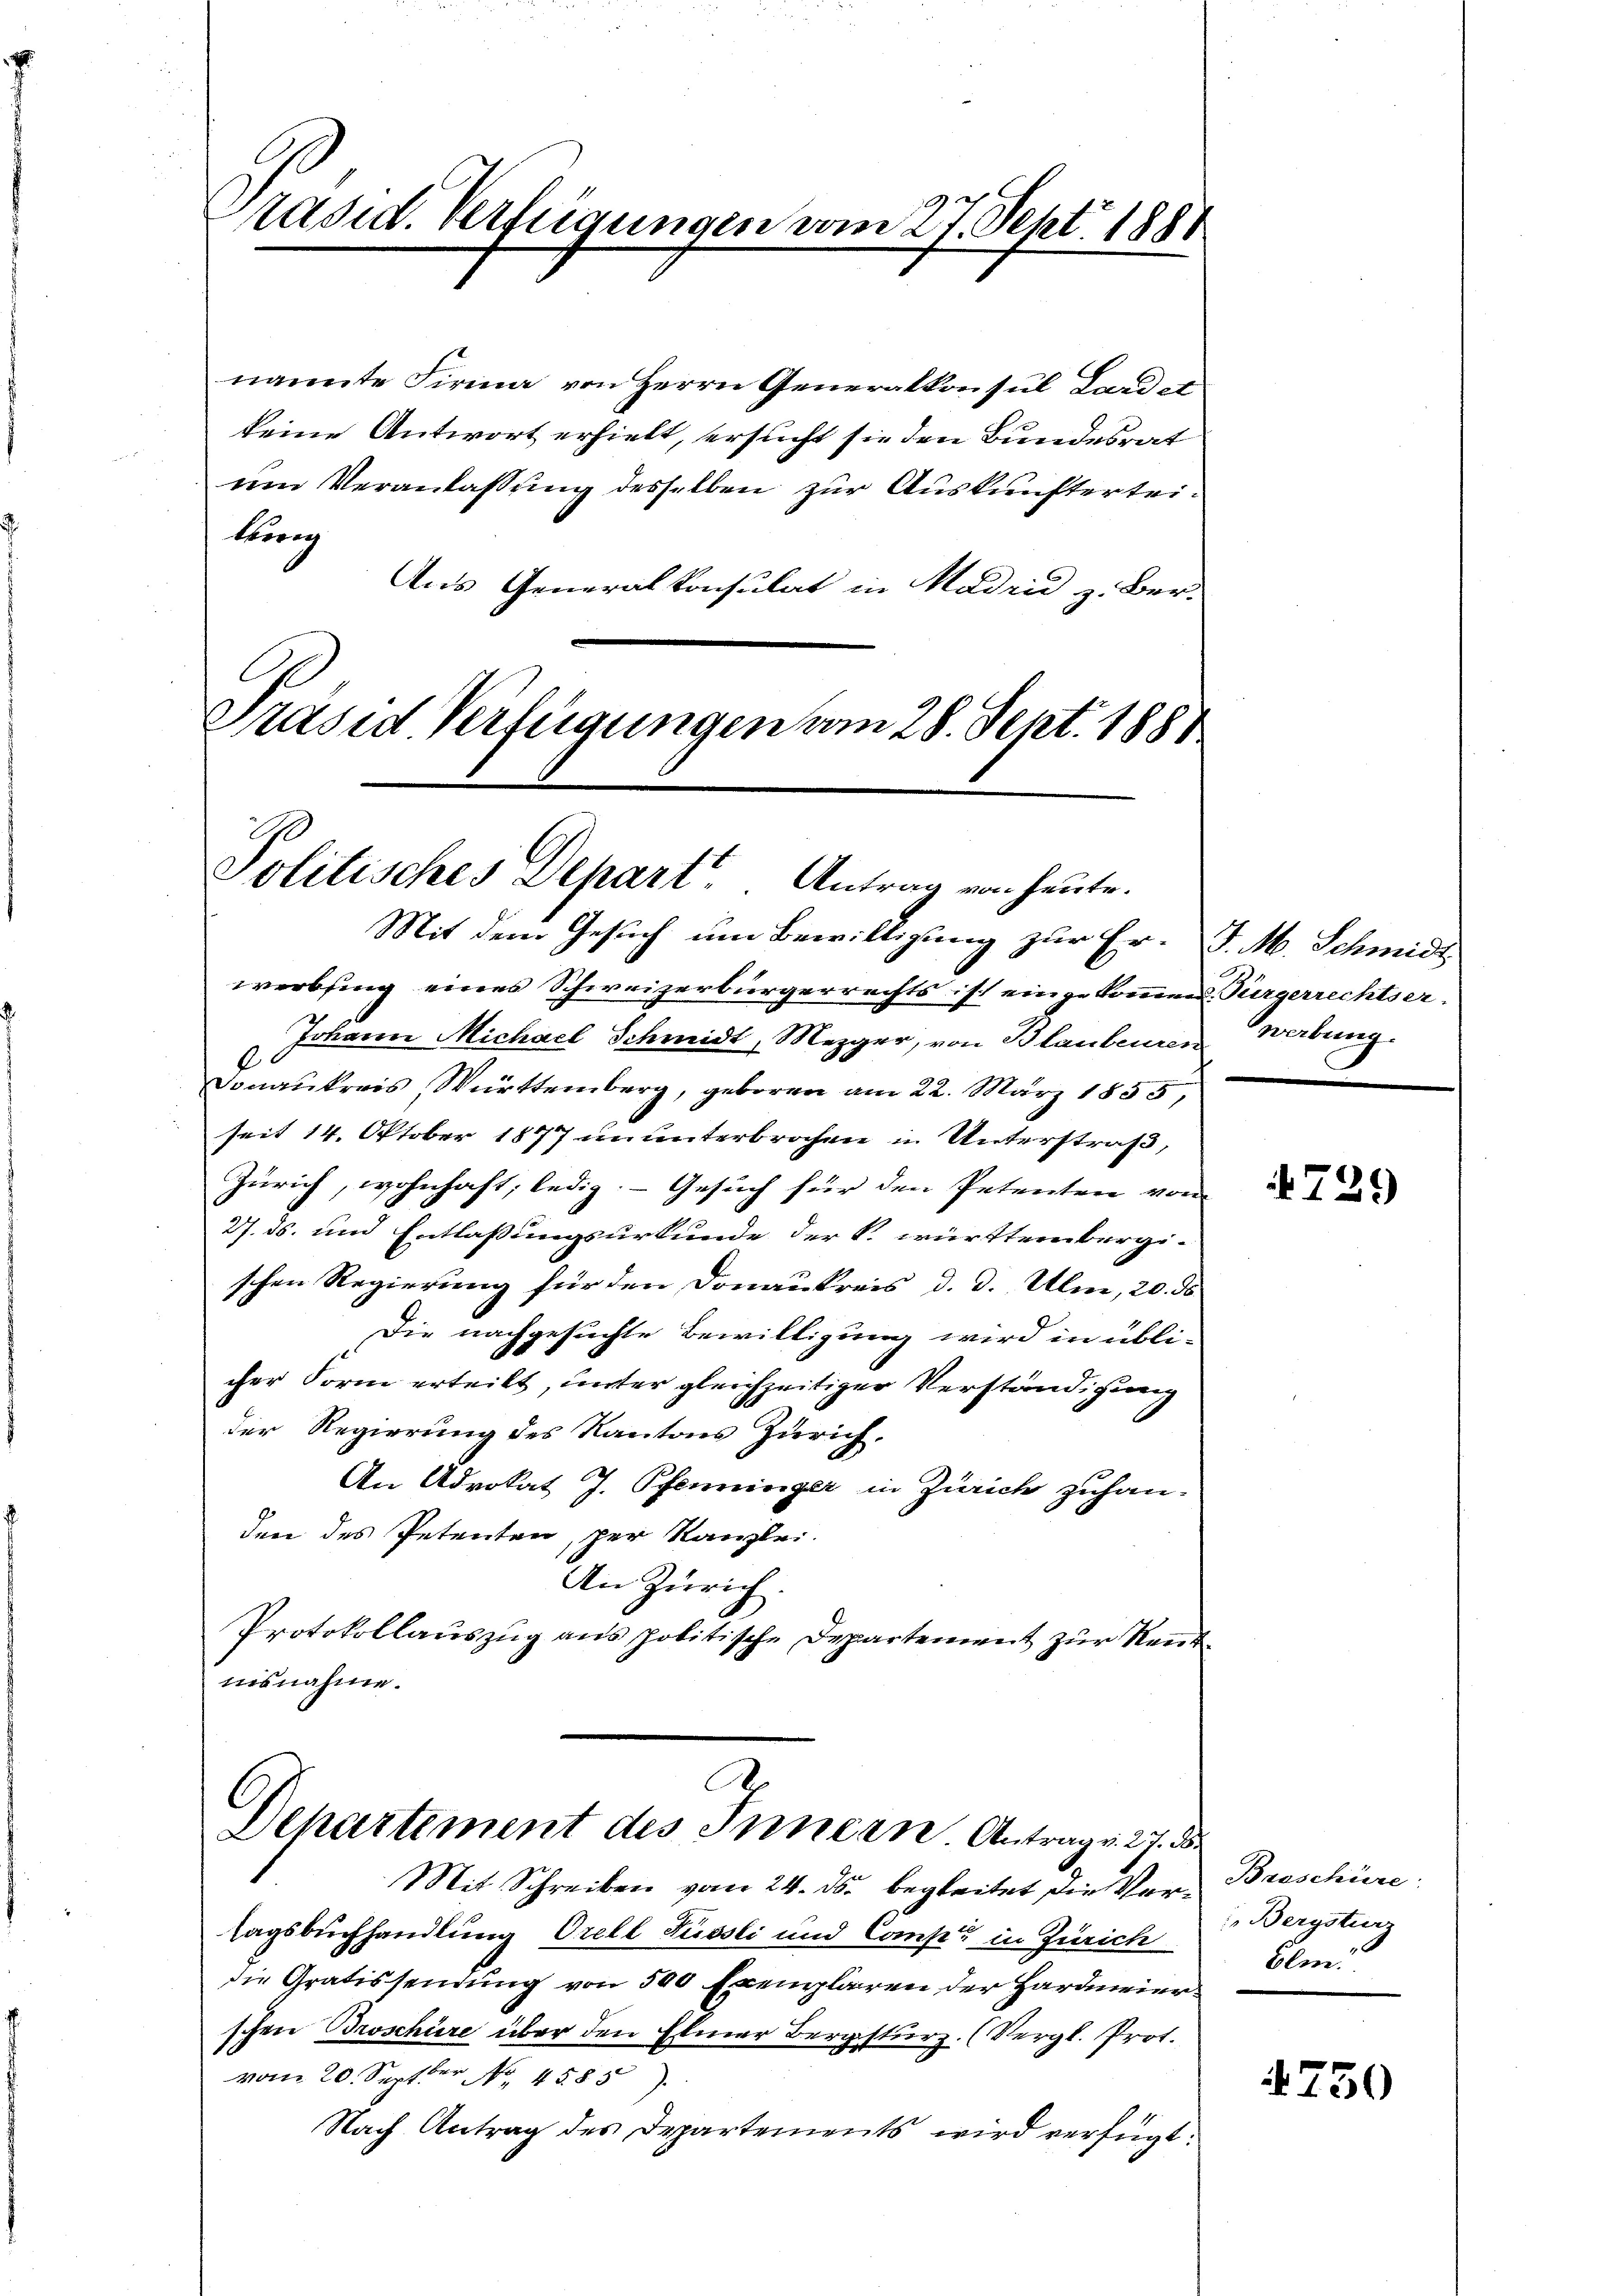
räsid. Verfügungen vom 27. Sept. 1881

nannte Firma von Herrn Generalkonsul Landst
keine Antwort erhielt, ersucht sie den Bundesrat
um Veranlassung desselben zur Auskunfterteibring
Aus Generalkonsulat in Madrid z. Ber-

Präsid Verfügungen vom 28. Sept. 1881
Politisches Depart“ Antrag von heute.

Mit dem Gesuch um Bewilligung zur Er- J. M. Schmidt
werbsing eines Schweizerbürgerrechts ist eingekommen. Türgerrechtser¬
Johann Michael Schmidt, Mezger, von Blaubenren Werbung.
6.
Donaukreis Württemberg, geboren am 22. März 1855,
seit 14. Oktober 1877 ununterbrochen in Unterstraß,
Zürich, wohnhaft, ledig; - Gesuch für den Petenten von
27. ds. und Entlassungsurkunde der k. württembergischen Regierung für den Donaukreis d. d. Ulm, 20. ds
Die nachgesuchte Bewilligung wird in übli-
cher Form erteilt, unter gleichzeitiger Verständigung
der Regierung des Kantons Zürich,
An Advokat J. Pfenninger in Zürich zuhan-
den des Petenten, per Kanzlei.
An Zürich.
Protokollauszug aus politische Departement zur Rentnisnahme.

.
Dehartement des Innern Antrags. 27. d.
Mit Schreiben vom 24. ds. begleitet die Ver¬

tagsbuchhandlung Orell Tüssli und Comp. in Zürich
die Gratissendung von 500 Exemplaren der Hardmeierschen Broschüre über den Elmer Bergsturz. (Vergl. Prot.
vom 20. Septer No 4585).
Nach Antrag des Departements wird verfügt:

729

Broschüre
Bergsturz
Ele!

4750